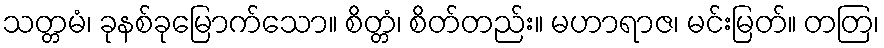
သတ္တမံ၊ ခုနစ်ခုမြောက်သော။ စိတ္တံ၊ စိတ်တည်း။ မဟာရာဇ၊ မင်းမြတ်။ တတြ၊